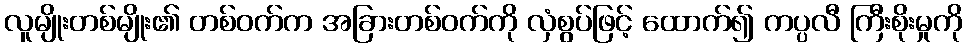
လူမျိုးတစ်မျိုး၏ တစ်ဝက်က အခြားတစ်ဝက်ကို လှံစွပ်ဖြင့် ထောက်၍ ကပ္ပလီ ကြီးစိုးမှုကို